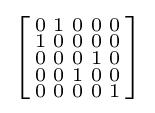
\left[{\begin{smallmatrix}0&1&0&0&0\\1&0&0&0&0\\0&0&0&1&0\\0&0&1&0&0\\0&0&0&0&1\\\end{smallmatrix}}\right]